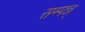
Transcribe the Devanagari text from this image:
सम्पन्न्